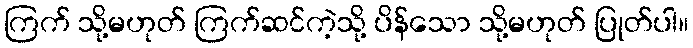
ကြက် သို့မဟုတ် ကြက်ဆင်ကဲ့သို့ ပိန်သော သို့မဟုတ် ပြုတ်ပါ။